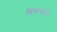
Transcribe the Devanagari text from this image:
शिखरादि